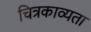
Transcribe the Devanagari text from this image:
चित्रकाव्यता